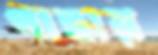
পাছায়